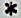
*